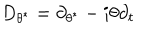
D _ { \theta ^ { \ast } } = \partial _ { \theta ^ { \ast } } - i \theta \partial _ { t }